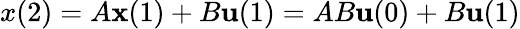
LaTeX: x(2)=A{\textbf{x}}(1)+B{\textbf{u}}(1)=AB{\textbf{u}}(0)+B{\textbf{u}}(1)